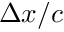
\Delta x / c